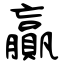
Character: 贏